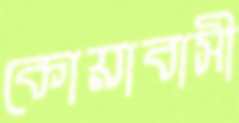
কোয়াবাসী